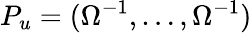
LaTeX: P_{u}=(\Omega^{-1},\dots,\Omega^{-1})